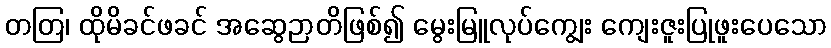
တတြ၊ ထိုမိခင်ဖခင် အဆွေဉာတိဖြစ်၍ မွေးမြူလုပ်ကျွေး ကျေးဇူးပြုဖူးပေသော